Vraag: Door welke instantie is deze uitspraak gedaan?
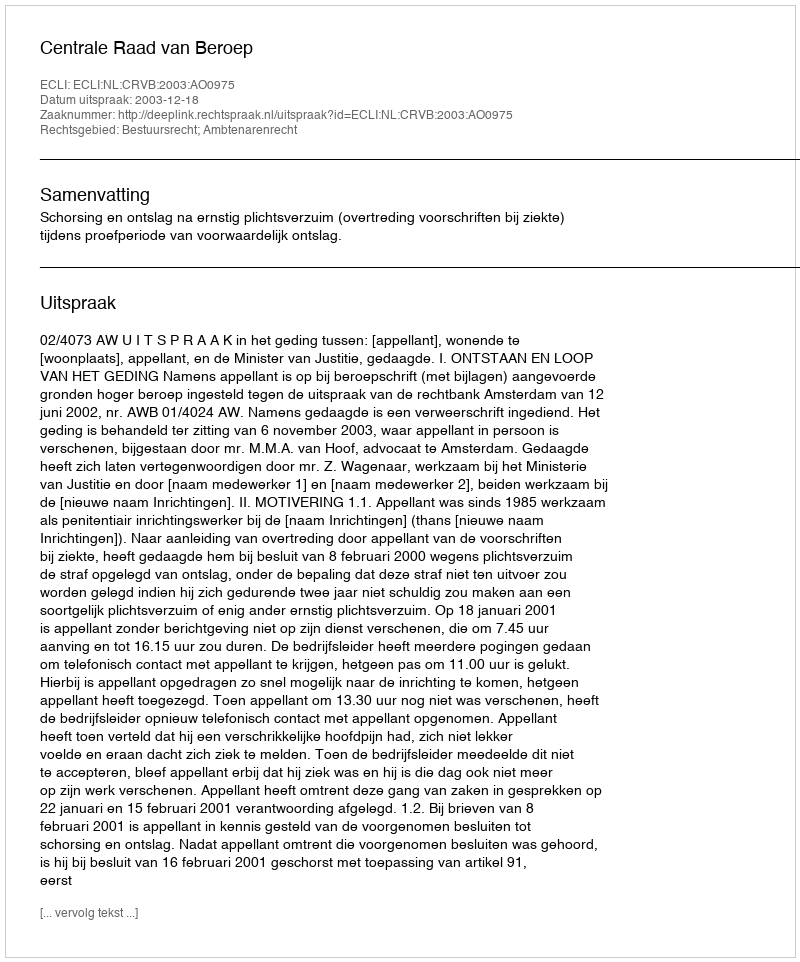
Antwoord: Centrale Raad van Beroep